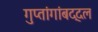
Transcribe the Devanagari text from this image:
गुप्तांगांबद्दल